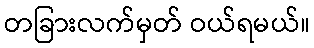
တခြားလက်မှတ် ဝယ်ရမယ်။